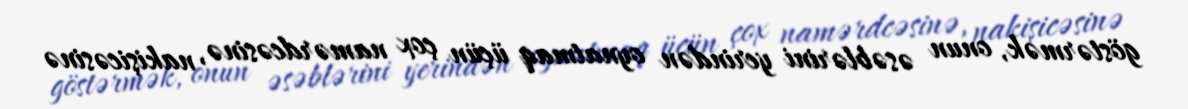
göstərmək, onun əsəblərini yerindən oynatmaq üçün çox namərdcəsinə, nakişicəsinə